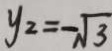
y _ { 2 } = - \sqrt { 3 }